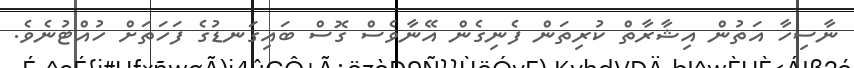
ނާސިހާ އަތުން އިޝާރާތް ކުރިތަން ފެނިގެން އޭނާވެސް ގޮސް ބައިގަނޑުގެ ފަހަތަށް ހުއްޓުނެވެ.